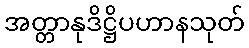
အတ္တာနုဒိဋ္ဌိပဟာနသုတ်